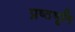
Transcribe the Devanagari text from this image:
प्रष्‍ठभूमि